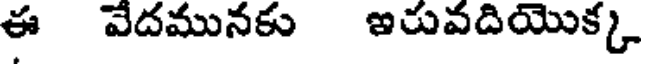
ఈ వేదమునకు ఇరువదియొక్క